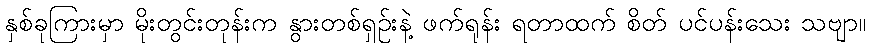
နှစ်ခုကြားမှာ မိုးတွင်းတုန်းက နွားတစ်ရှဉ်းနဲ့ ဖက်ရုန်း ရတာထက် စိတ် ပင်ပန်းသေး သဗျာ။